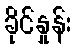
ခိုင်နှုန်း